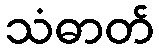
သံဓာတ်